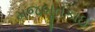
મજબૂતકાઇ